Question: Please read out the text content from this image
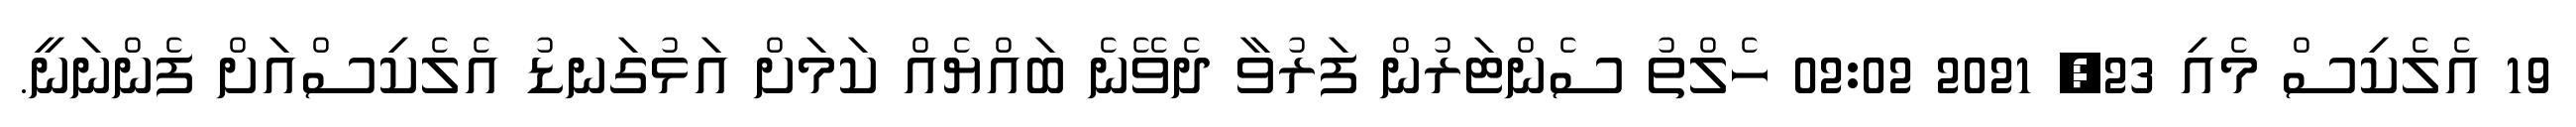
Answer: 19 އެލެކިސް މެއި 23, 2021 02:02 ހެލްތު ސެންޓަރުން ފަރުވާ ދެވޭނެ ބައްޔެއް ކަމަށް އަޅުގަނޑު އެލެކިސްއަށް ފެންނަނީ.